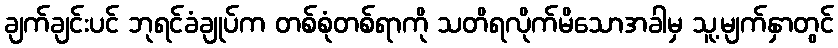
ချက်ချင်းပင် ဘုရင်ခံချုပ်က တစ်စုံတစ်ရာကို သတိရလိုက်မိသောအခါမှ သူ့မျက်နှာတွင်